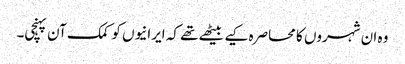
وہ ان شہروں کا محاصرہ کیے بیٹھے تھے کہ ایرانیوں کو کمک آن پہنچی۔